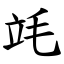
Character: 竓